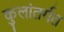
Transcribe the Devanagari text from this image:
कुलांतर्गत